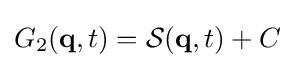
G_{2}(\mathbf {q} ,t)={\mathcal {S}}(\mathbf {q} ,t)+C